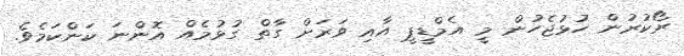
ރޯކުރުން ހުޅުޖެހުން މީ އެމްޑީޕީ އާއި ވަރަށް ގާތް ގުޅުމެއް އޮންނަ ކަންކަމެވެ.